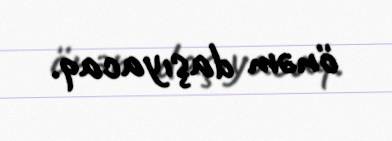
önəm daşıyacaq.